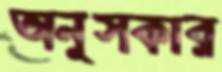
অনুসকার